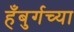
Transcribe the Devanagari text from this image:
हँबुर्गच्या